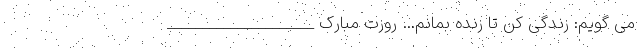
می گویم: زندگی کن تا زنده بمانم… روزت مبارک _____________________